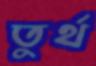
তুর্থ